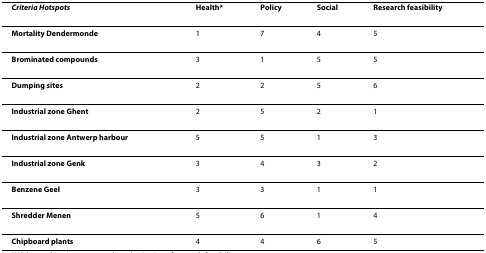
<table><thead><tr><td><b><i>Criteria Hotspots</i></b></td><td><b>Health*</b></td><td><b>Policy</b></td><td><b>Social</b></td><td><b>Research feasibility</b></td></tr></thead><tbody><tr><td><b>Mortality Dendermonde</b></td><td>1</td><td>7</td><td>4</td><td>5</td></tr><tr><td><b>Brominated compounds</b></td><td>3</td><td>1</td><td>5</td><td>5</td></tr><tr><td><b>Dumping sites</b></td><td>2</td><td>2</td><td>5</td><td>6</td></tr><tr><td><b>Industrial zone Ghent</b></td><td>2</td><td>5</td><td>2</td><td>1</td></tr><tr><td><b>Industrial zone Antwerp harbour</b></td><td>5</td><td>5</td><td>1</td><td>3</td></tr><tr><td><b>Industrial zone Genk</b></td><td>3</td><td>4</td><td>3</td><td>2</td></tr><tr><td><b>Benzene Geel</b></td><td>3</td><td>3</td><td>1</td><td>1</td></tr><tr><td><b>Shredder Menen</b></td><td>5</td><td>6</td><td>1</td><td>4</td></tr><tr><td><b>Chipboard plants</b></td><td>4</td><td>4</td><td>6</td><td>5</td></tr></tbody></table>